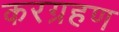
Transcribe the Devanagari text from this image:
करग्रहण